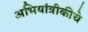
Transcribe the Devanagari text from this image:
अभियांत्रीकीचे